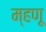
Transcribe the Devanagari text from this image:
म्‍हणू